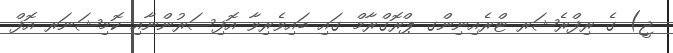
ޖީ) ގެ ރިފްރެޝަރ ޓްރެއިނިންގ ޕްރޮގްރާމް ގައި ބައިވެރިވާ އޮފިސަރުންނާއި ކޮމިޝަނަރ އޮފް